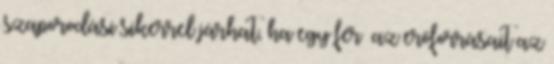
szaporodási sikerrel járhat, ha egy férﬁ az erőforrásait az